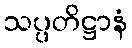
သပ္ပတိဋ္ဌာနံ